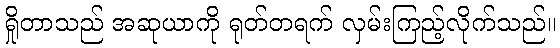
ရှိုတာသည် အဆုယာကို ရုတ်တရက် လှမ်းကြည့်လိုက်သည်။